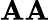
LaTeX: \mathbf{A}\mathbf{A}